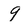
Character: 9